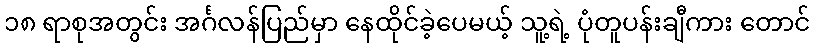
၁၈ ရာစုအတွင်း အင်္ဂလန်ပြည်မှာ နေထိုင်ခဲ့ပေမယ့် သူ့ရဲ့ ပုံတူပန်းချီကား တောင်